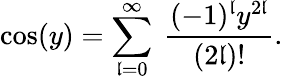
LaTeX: \cos(y)=\sum_{\mathfrak{l}=0}^{\infty}\ \frac{{(-1)^{\mathfrak{l}}y^{2\mathfrak{l}}}}{{(2\mathfrak{l})!}}.